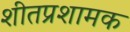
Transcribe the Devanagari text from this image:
शीतप्रशामक